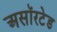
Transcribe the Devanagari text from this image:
असॉरटेड